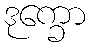
ဒုက္ခော